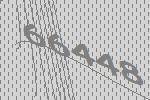
66448